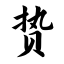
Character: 贽